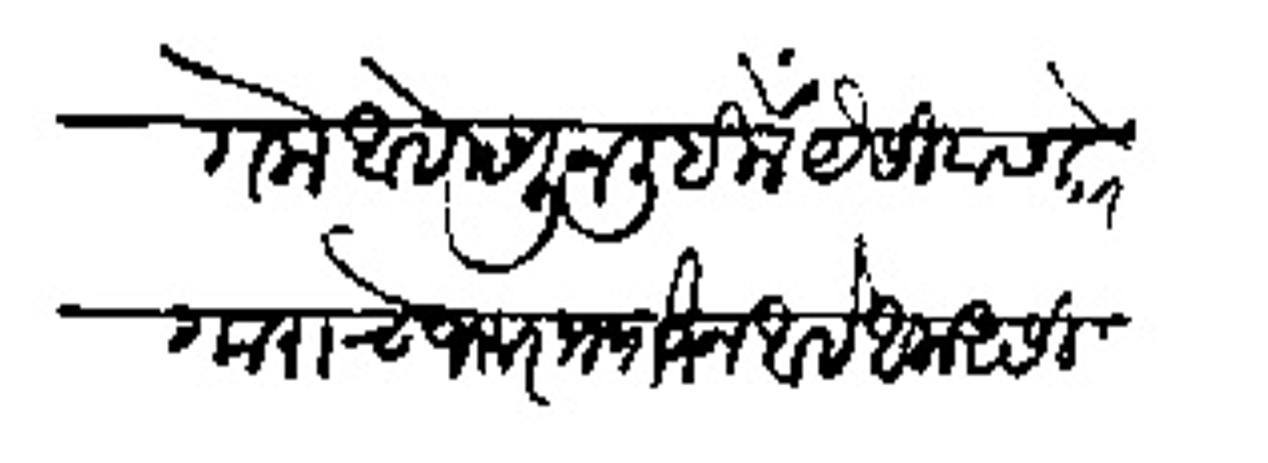
Transliteration (Devanagari): गेला आहे म्हणून लिहिलें यैसीयास कारेगाराचे जरूर प्रयोजन आहे आला असिला